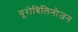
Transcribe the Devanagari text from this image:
यूरोबिलिनोजन